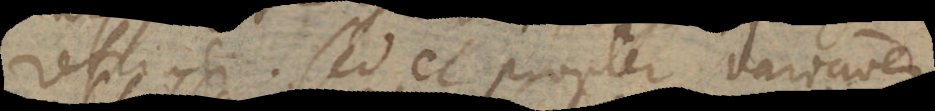
refringi. Sed et propter variationem